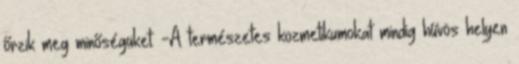
őrzik meg minőségüket. -A természetes kozmetikumokat mindig hűvös helyen